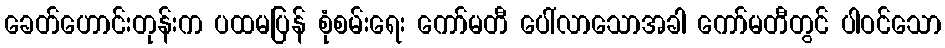
ခေတ်ဟောင်းတုန်းက ပထမပြန် စုံစမ်းရေး ကော်မတီ ပေါ်လာသောအခါ ကော်မတီတွင် ပါဝင်သော